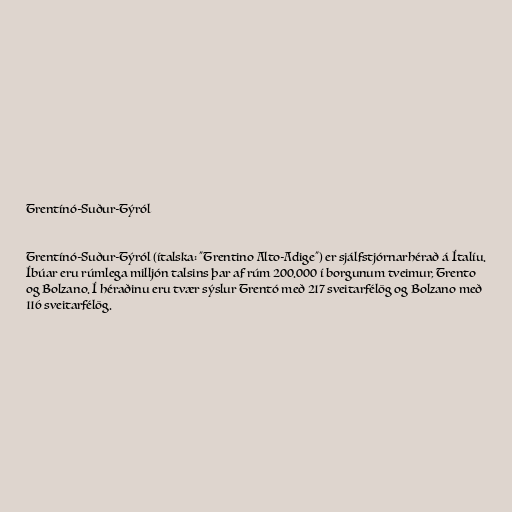
Trentínó-Suður-Týról

Trentínó-Suður-Týról (ítalska: "Trentino Alto-Adige") er sjálfstjórnarhérað á Ítalíu.
Íbúar eru rúmlega milljón talsins þar af rúm 200.000 í borgunum tveimur, Trento
og Bolzano. Í héraðinu eru tvær sýslur Trentó með 217 sveitarfélög og Bolzano með
116 sveitarfélög.